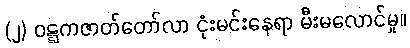
(၂) ဝဋ္ဋကဇာတ်တော်လာ ငုံးမင်းနေရာ မီးမလောင်မှု။